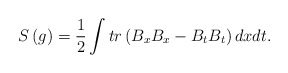
\begin{align*}S\left( g\right) =\frac 12\int tr\left( B_xB_x-B_tB_t\right)dxdt.\end{align*}